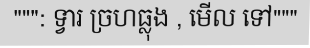
""": ទ្វារ ច្រហធ្លុង , មើល ទៅ"""